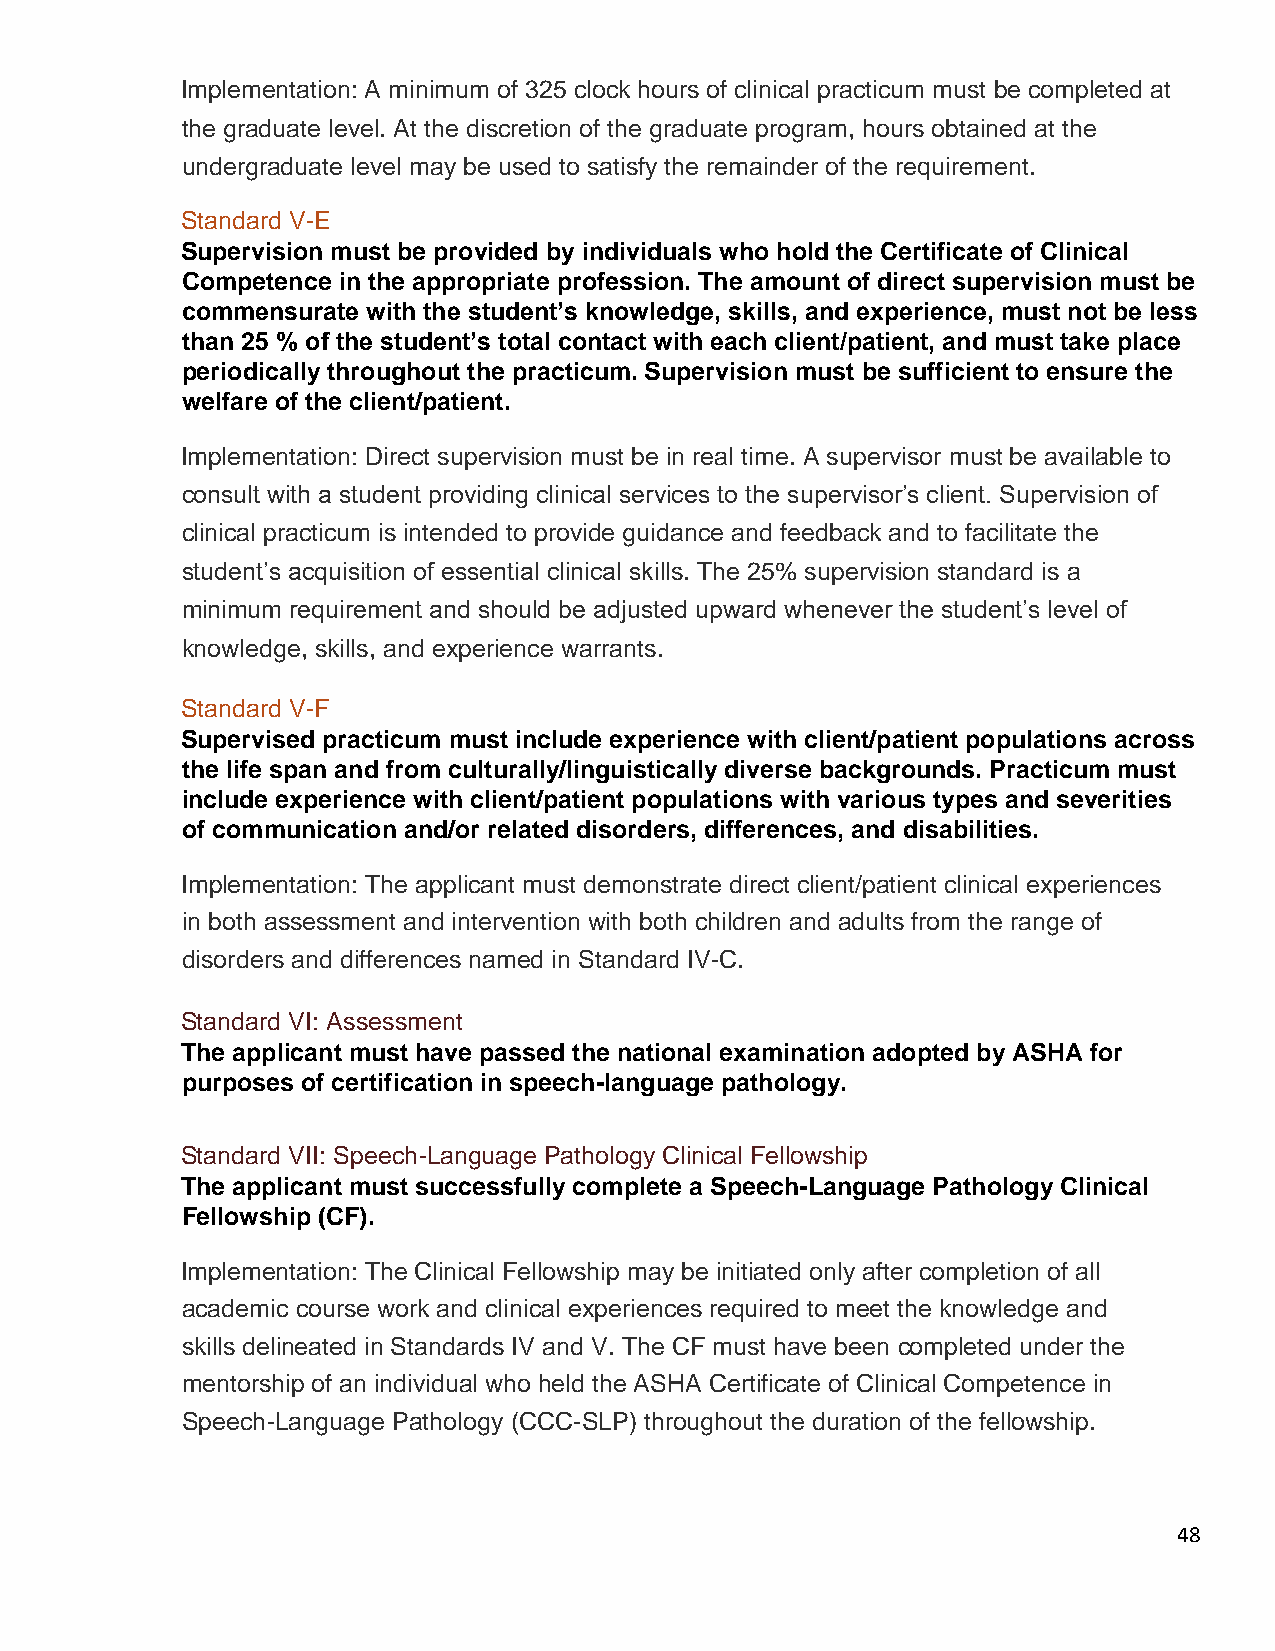
Implementation: A minimum of 325 clock hours of clinical practicum must be completed at
 the graduate level. At the discretion of the graduate program, hours obtained at the
 undergraduate level may be used to satisfy the remainder of the requirement.
 Standard V-E
 Supervision must be provided by individuals who hold the Certificate of Clinical
 Competence in the appropriate profession. The amount of direct supervision must be
 commensurate with the student’s knowledge, skills, and experience, must not be less
 than 25 % of the student’s total contact with each client/patient, and must take place
 periodically throughout the practicum. Supervision must be sufficient to ensure the
 welfare of the client/patient.
 Implementation: Direct supervision must be in real time. A supervisor must be available to
 consult with a student providing clinical services to the supervisor’s client. Supervision of
 clinical practicum is intended to provide guidance and feedback and to facilitate the
 student’s acquisition of essential clinical skills. The 25% supervision standard is a
 minimum requirement and should be adjusted upward whenever the student’s level of
 knowledge, skills, and experience warrants.
 Standard V-F
 Supervised practicum must include experience with client/patient populations across
 the life span and from culturally/linguistically diverse backgrounds. Practicum must
 include experience with client/patient populations with various types and severities
 of communication and/or related disorders, differences, and disabilities.
 Implementation: The applicant must demonstrate direct client/patient clinical experiences
 in both assessment and intervention with both children and adults from the range of
 disorders and differences named in Standard IV-C.
 Standard VI: Assessment
 The applicant must have passed the national examination adopted by ASHA for
 purposes of certification in speech-language pathology.
 Standard VII: Speech-Language Pathology Clinical Fellowship
 The applicant must successfully complete a Speech-Language Pathology Clinical
 Fellowship (CF).
 Implementation: The Clinical Fellowship may be initiated only after completion of all
 academic course work and clinical experiences required to meet the knowledge and
 skills delineated in Standards IV and V. The CF must have been completed under the
 mentorship of an individual who held the ASHA Certificate of Clinical Competence in
 Speech-Language Pathology (CCC-SLP) throughout the duration of the fellowship.
 48